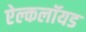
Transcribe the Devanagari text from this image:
ऐल्कलॉयड